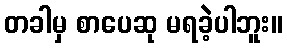
တခါမှ စာပေဆု မရခဲ့ပါဘူး။